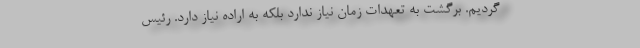
گردیم. برگشت به تعهدات زمان نیاز ندارد بلکه به اراده نیاز دارد. رئیس